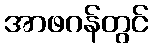
အာဖဂန်တွင်